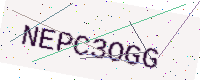
Text: NEPC3OGG